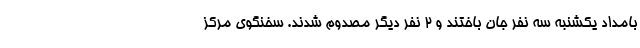
بامداد یکشنبه سه نفر جان باختند و ۲ نفر دیگر مصدوم شدند. سخنگوی مرکز